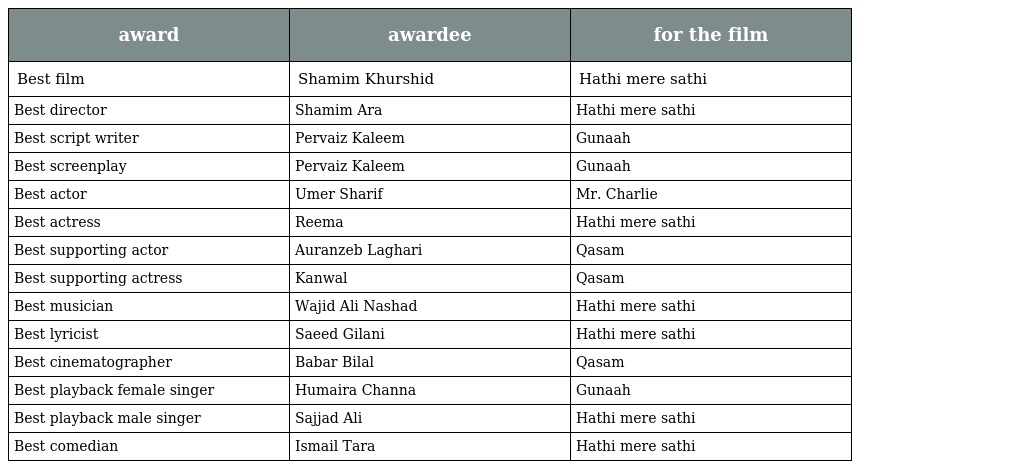
| award | awardee | for the film |
 | --- | --- | --- |
 | Best film | Shamim Khurshid | Hathi mere sathi |
 | Best director | Shamim Ara | Hathi mere sathi |
 | Best script writer | Pervaiz Kaleem | Gunaah |
 | Best screenplay | Pervaiz Kaleem | Gunaah |
 | Best actor | Umer Sharif | Mr. Charlie |
 | Best actress | Reema | Hathi mere sathi |
 | Best supporting actor | Auranzeb Laghari | Qasam |
 | Best supporting actress | Kanwal | Qasam |
 | Best musician | Wajid Ali Nashad | Hathi mere sathi |
 | Best lyricist | Saeed Gilani | Hathi mere sathi |
 | Best cinematographer | Babar Bilal | Qasam |
 | Best playback female singer | Humaira Channa | Gunaah |
 | Best playback male singer | Sajjad Ali | Hathi mere sathi |
 | Best comedian | Ismail Tara | Hathi mere sathi |